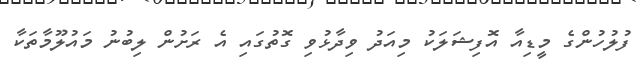
ފުލުހުންގެ މީޑިއާ އޮފިޝަލަކު މިއަދު ވިދާޅުވި ގޮތުގައި އެ ރަށުން ލިބުނު މައުލޫމާތަކާ